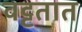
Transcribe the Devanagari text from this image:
वट्टतात